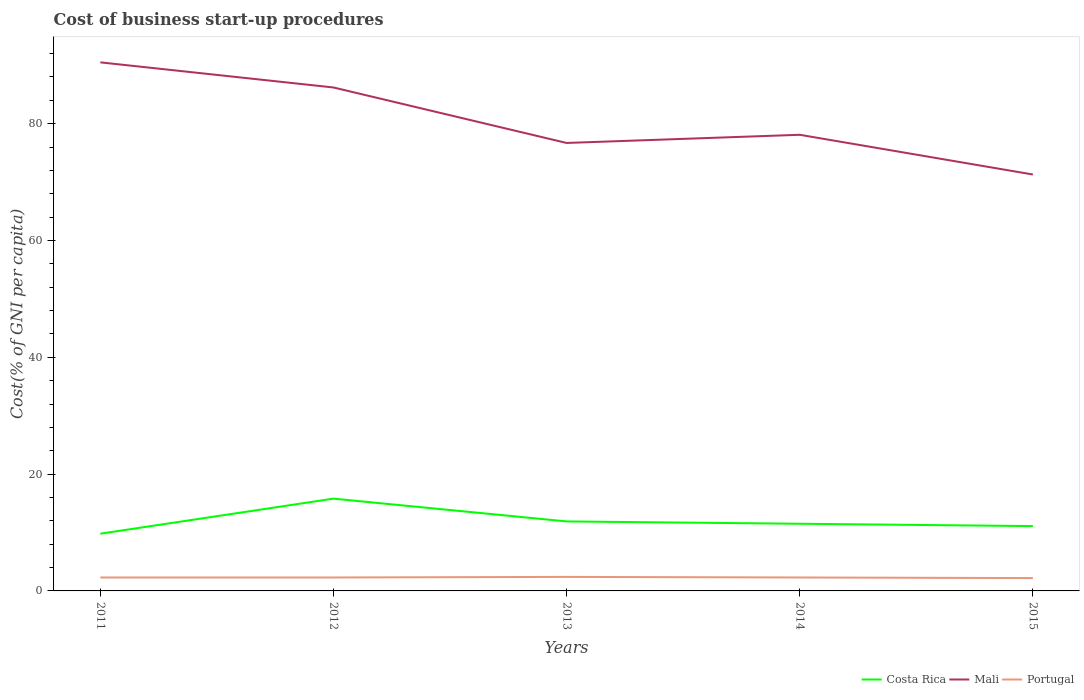
| Years | Costa Rica | Mali | Portugal |
 | --- | --- | --- | --- |
 | 2011 | 9.8 | 90.5 | 2.3 |
 | 2012 | 15.8 | 86.2 | 2.3 |
 | 2013 | 11.9 | 76.7 | 2.4 |
 | 2014 | 11.5 | 78.1 | 2.3 |
 | 2015 | 11.1 | 71.3 | 2.2 |